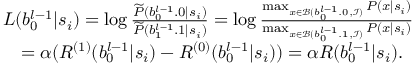
\begin{array} { r l } & { L ( b _ { 0 } ^ { l - 1 } | s _ { i } ) = \log \frac { \widetilde P ( b _ { 0 } ^ { l - 1 } . 0 | s _ { i } ) } { \widetilde P ( b _ { 1 } ^ { l - 1 } . 1 | s _ { i } ) } = \log \frac { \operatorname* { m a x } _ { x \in { \mathcal { B } ( b _ { 0 } ^ { l - 1 } . 0 , \mathcal { I } ) } } P ( x | s _ { i } ) } { \operatorname* { m a x } _ { x \in { \mathcal { B } ( b _ { 0 } ^ { l - 1 } . 1 , \mathcal { I } ) } } P ( x | s _ { i } ) } } \\ & { \quad = \alpha ( R ^ { ( 1 ) } ( b _ { 0 } ^ { l - 1 } | s _ { i } ) - R ^ { ( 0 ) } ( b _ { 0 } ^ { l - 1 } | s _ { i } ) ) = \alpha R ( b _ { 0 } ^ { l - 1 } | s _ { i } ) . } \end{array}